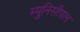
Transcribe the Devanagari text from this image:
म्युनिसीपल